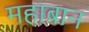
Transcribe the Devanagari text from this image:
महाबान